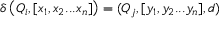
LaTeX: \delta \left( Q _ { i } , [ x _ { 1 } , x _ { 2 } . . . x _ { n } ] \right) = ( Q _ { j } , [ y _ { 1 } , y _ { 2 } . . . y _ { n } ] , d )